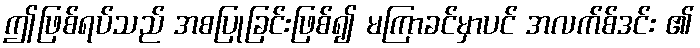
ဤဖြစ်ရပ်သည် အစပြုခြင်းဖြစ်၍ မကြာခင်မှာပင် အလက်စ်ဒင်း ၏